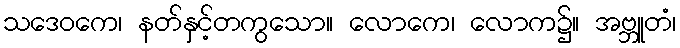
သဒေဝကေ၊ နတ်နှင့်တကွသော။ လောကေ၊ လောက၌။ အဗ္ဘူတံ၊